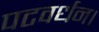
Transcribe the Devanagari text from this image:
पटवर्धन।